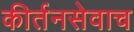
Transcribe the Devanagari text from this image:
कीर्तनसेवाच